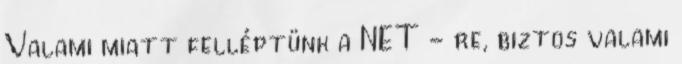
Valami miatt felléptünk a NET - re, biztos valami